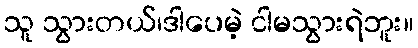
သူ သွားတယ်၊ဒါပေမဲ့ ငါမသွားရဲဘူး။